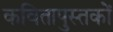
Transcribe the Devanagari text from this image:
कवितापुस्तकों